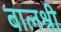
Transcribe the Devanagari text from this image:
बालश्री